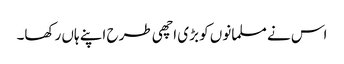
اس نے مسلمانوں کو بڑی اچھی طرح اپنے ہاں رکھا۔